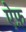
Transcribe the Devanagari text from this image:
ऐफ़